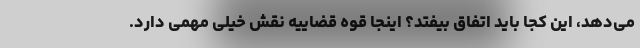
می‌دهد، این کجا باید اتفاق بیفتد؟ اینجا قوه قضاییه نقش خیلی مهمی دارد.